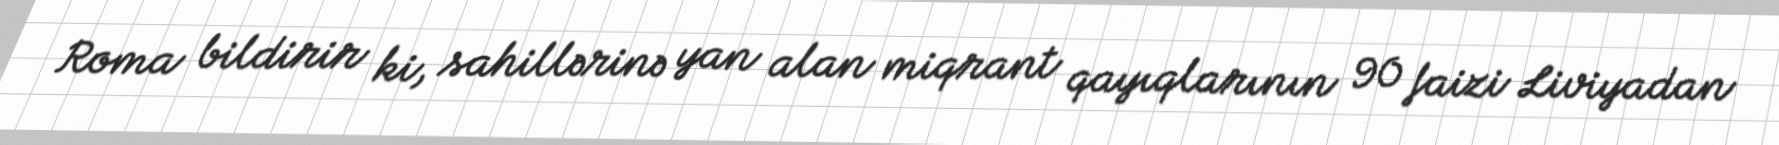
Roma bildirir ki, sahillərinə yan alan miqrant qayıqlarının 90 faizi Liviyadan